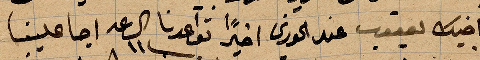
اخيك يعقوب عند الخوري اخيرًأ تواعدنا الساعة ١١ اجا علينا